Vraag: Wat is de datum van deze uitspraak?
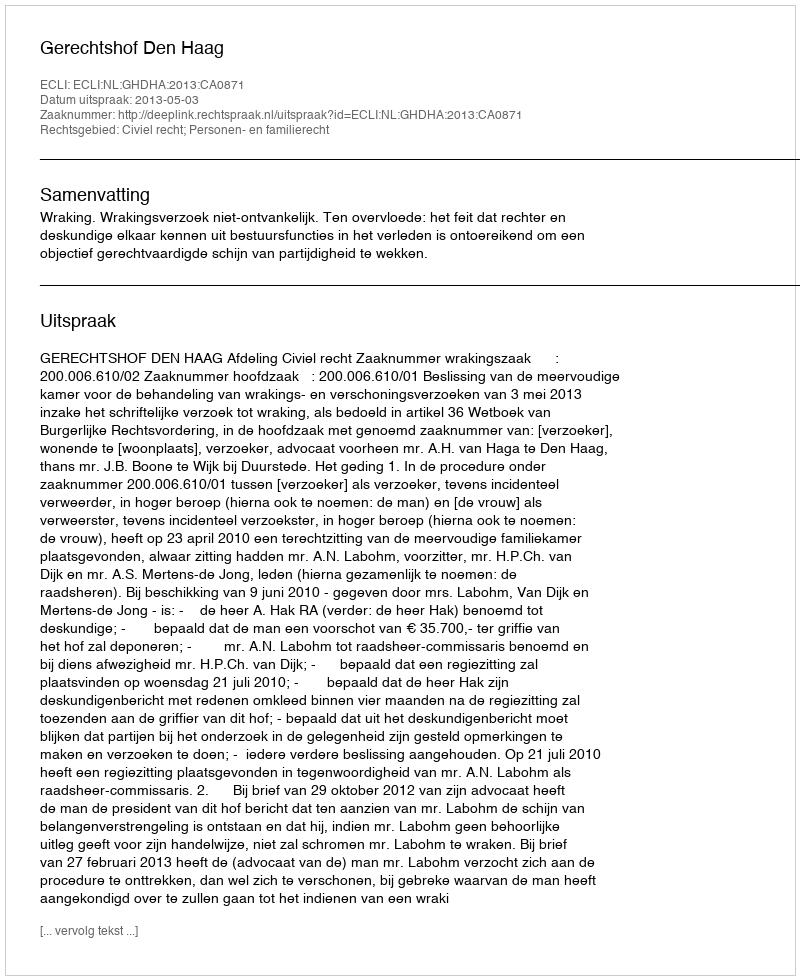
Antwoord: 2013-05-03